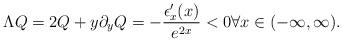
LaTeX: \begin{align*} \Lambda Q = 2Q + y \partial_y Q = - \frac{\epsilon'_x(x)}{e^{2x}} <0 \forall x \in (-\infty, \infty).\end{align*}